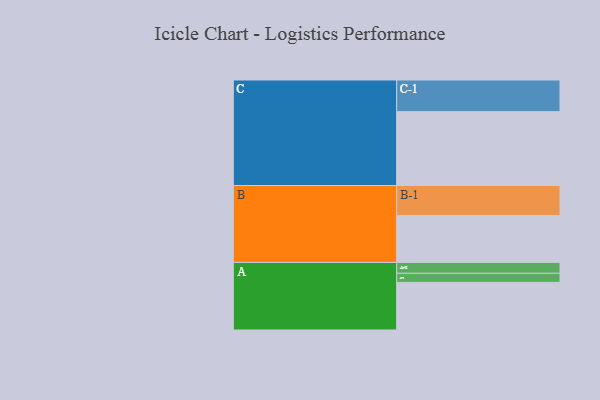
{"axis": {"x": "Segment", "y": "Value"}, "legend": ["", "A", "B", "C"], "data": [{"x": "A", "y": 369, "type": ""}, {"x": "B", "y": 363, "type": ""}, {"x": "C", "y": 572, "type": ""}, {"x": "A-1", "y": 70, "type": "A"}, {"x": "A-2", "y": 84, "type": "A"}, {"x": "B-1", "y": 233, "type": "B"}, {"x": "C-1", "y": 245, "type": "C"}]}